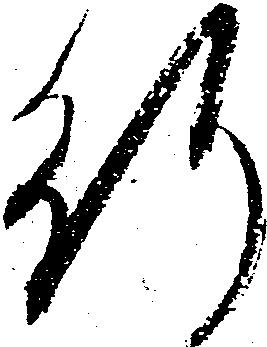
行